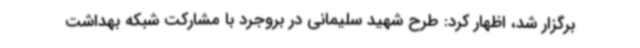
برگزار شد، اظهار کرد: طرح شهید سلیمانی در بروجرد با مشارکت شبکه بهداشت